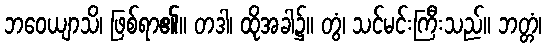
ဘဝေယျာသိ၊ ဖြစ်ရာ၏။ တဒါ၊ ထိုအခါ၌။ တွံ၊ သင်မင်းကြီးသည်။ ဘတ္တံ၊